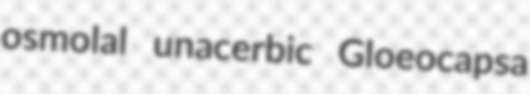
osmolal unacerbic Gloeocapsa